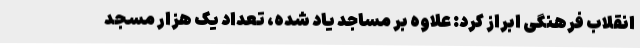
انقلاب فرهنگی ابراز کرد: علاوه بر مساجد یاد شده، تعداد یک هزار مسجد